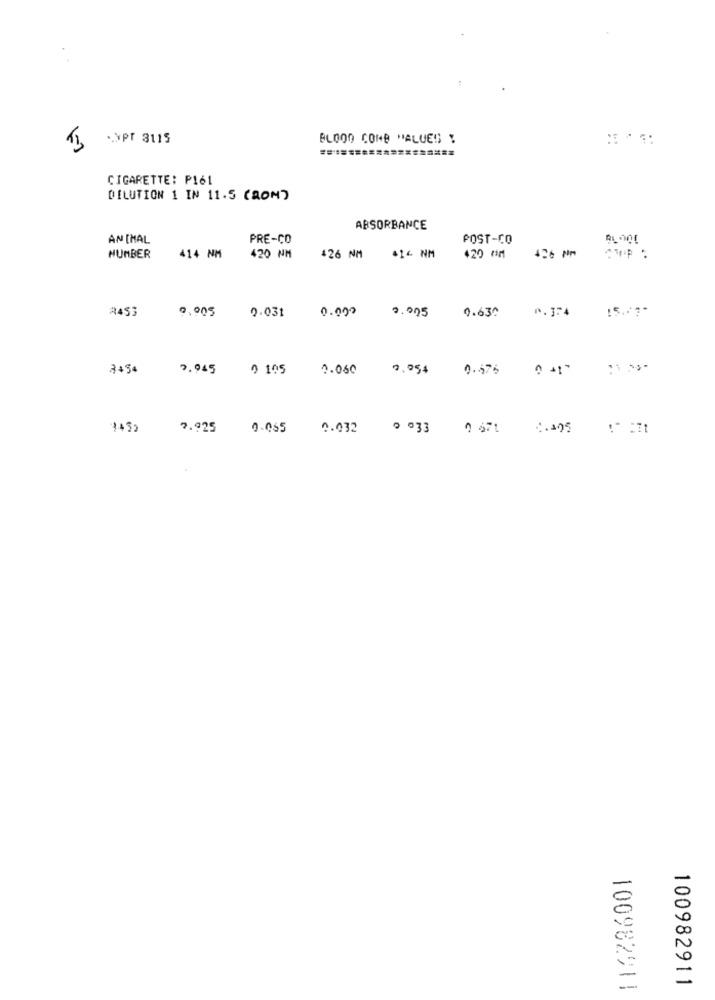
.. YPT 3115
BLOOD COMD "ALUES !
===========
CIGARETTE: P161
DILUTION 1 IN 11.5 (8ON)
ABSORBANCE
AN [MAL
PRE-CO
POST-CO
NUMBER
414 NM
420 NM
426 NM
416 NM
420 CM
#453
0,005
0.000
0.005
2.031
0.630
3+3+
7.945
0 105
2.060
9.954
0.675 0 +1
1432
7.925
9.065
0.032
0 033 0 671
1.495
100982911
100982911